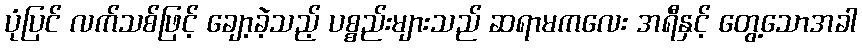
ပုံပြင် လက်သစ်ဖြင့် ချော့ခဲ့သည့် ပစ္စည်းများသည် ဆရာမကလေး အရီနှင့် တွေ့သောအခါ